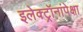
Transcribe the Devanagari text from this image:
इलेक्ट्रॉनांपेक्षा